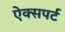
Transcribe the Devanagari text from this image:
ऐक्सपर्ट